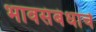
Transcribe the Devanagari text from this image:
भावसंबंधाचे